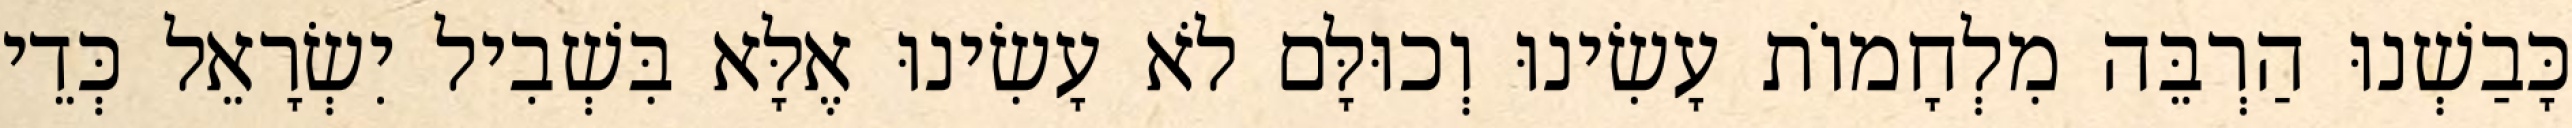
כָּבַשְׁנוּ הַרְבֵּה מִלְחָמוֹת עָשִׂינוּ וְכוּלָּם לֹא עָשִׂינוּ אֶלָּא בִּשְׁבִיל יִשְׂרָאֵל כְּדֵי